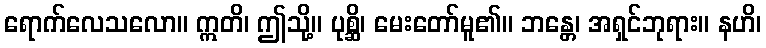
ရောက်လေသလော။ ဣတိ၊ ဤသို့။ ပုစ္ဆိ၊ မေးတော်မူ၏။ ဘန္တေ၊ အရှင်ဘုရား။ နဟိ၊